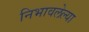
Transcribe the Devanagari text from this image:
निभावलेल्या